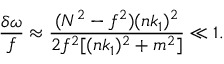
\frac { \delta \omega } { f } \approx \frac { ( N ^ { 2 } - f ^ { 2 } ) ( n k _ { 1 } ) ^ { 2 } } { 2 f ^ { 2 } [ ( n k _ { 1 } ) ^ { 2 } + m ^ { 2 } ] } \ll 1 .